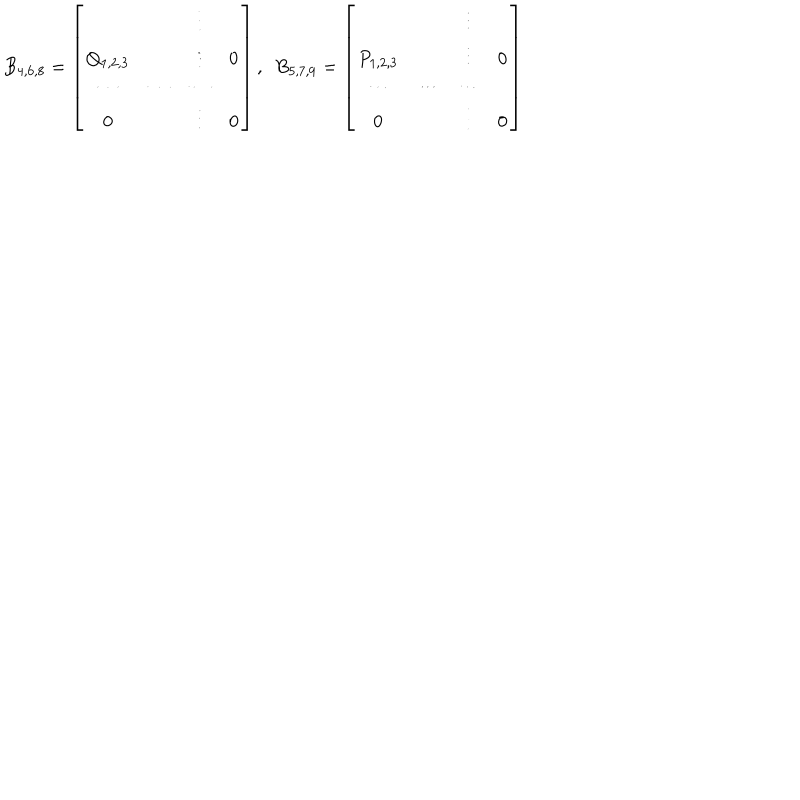
LaTeX: B _ { 4 , 6 , 8 } = \left[ \begin{matrix} { { } } & { { } } & { { \vdots } } & { { } } \\ { { Q _ { 1 , 2 , 3 } } } & { { } } & { { \vdots } } & { { 0 } } \\ { { \cdots } } & { { \cdots } } & { { \cdots } } & { { } } \\ { { 0 } } & { { } } & { { \vdots } } & { { 0 } } \\ \end{matrix} \right] , \ \ B _ { 5 , 7 , 9 } = \left[ \begin{matrix} { { } } & { { } } & { { \vdots } } & { { } } \\ { { P _ { 1 , 2 , 3 } } } & { { } } & { { \vdots } } & { { 0 } } \\ { { \cdots } } & { { \cdots } } & { { \cdots } } & { { } } \\ { { 0 } } & { { } } & { { \vdots } } & { { 0 } } \\ \end{matrix} \right]